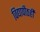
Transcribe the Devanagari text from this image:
विद्यापीठही